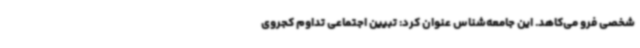
شخصی فرو می‌کاهد. این جامعه‌شناس عنوان کرد: تبیین اجتماعی تداوم کجروی